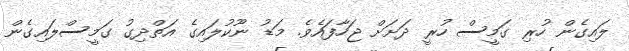
ލައިގެން ހުރި ގަމީސް ހުރީ ދަށަށް ޖަހާފައެވެ. މަޑު ނޫކުލައިގެ އަތްދިގު ގަމީސްލައިގެން